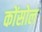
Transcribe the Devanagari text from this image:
कोंसोल